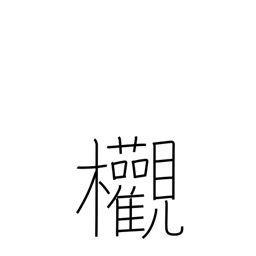
Meaning: zelkova tree